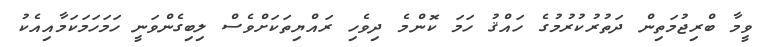
ވީމާ ބްރިޖުމަތިން ދަތުރުކުރުމުގެ ހައްޤު ހަމަ ކޮންމެ ދިވެހި ރައްޔިތަކަށްވެސް ލިބިގެންވަނީ ހަމަހަމަކަމާއިއެކު